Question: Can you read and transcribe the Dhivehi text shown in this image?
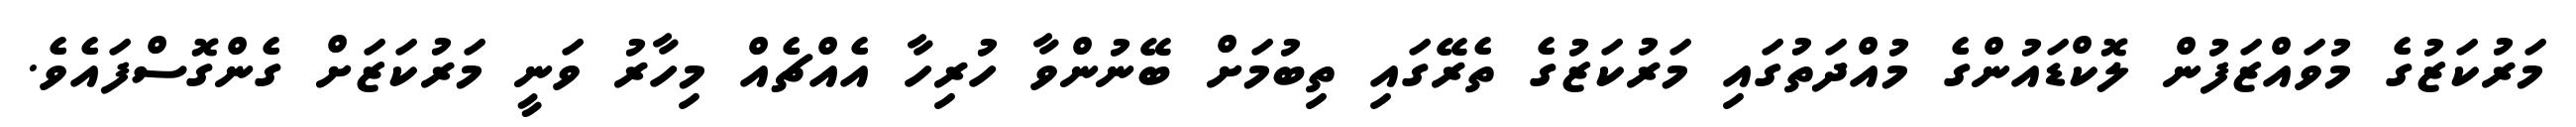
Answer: މަރުކަޒުގެ މުވައްޒަފުން ލޮކްޑައުންގެ މުއްދަތުގައި މަރުކަޒުގެ ތެރޭގައި ތިބުމަށް ބޭނުންވާ ހުރިހާ އެއްޗެއް މިހާރު ވަނީ މަރުކަޒަށް ގެންގޮސްފައެވެ.